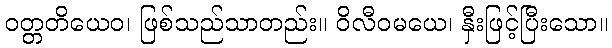
ဝတ္တတိယေဝ၊ ဖြစ်သည်သာတည်း။ ဝိလီဝမယေ၊ နှီးဖြင့်ပြီးသော။